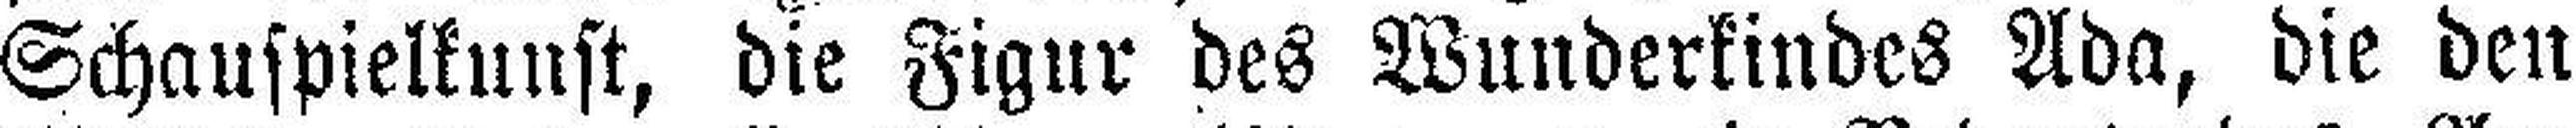
Schauspielkunst, die Figur des Wunderkindes Ada, die den